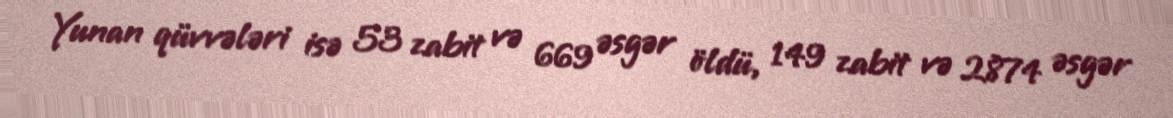
Yunan qüvvələri isə 53 zabit və 669 əsgər öldü, 149 zabit və 2874 əsgər